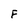
Character: F